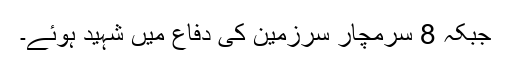
جبکہ 8 سرمچار سرزمین کی دفاع میں شہید ہوئے۔